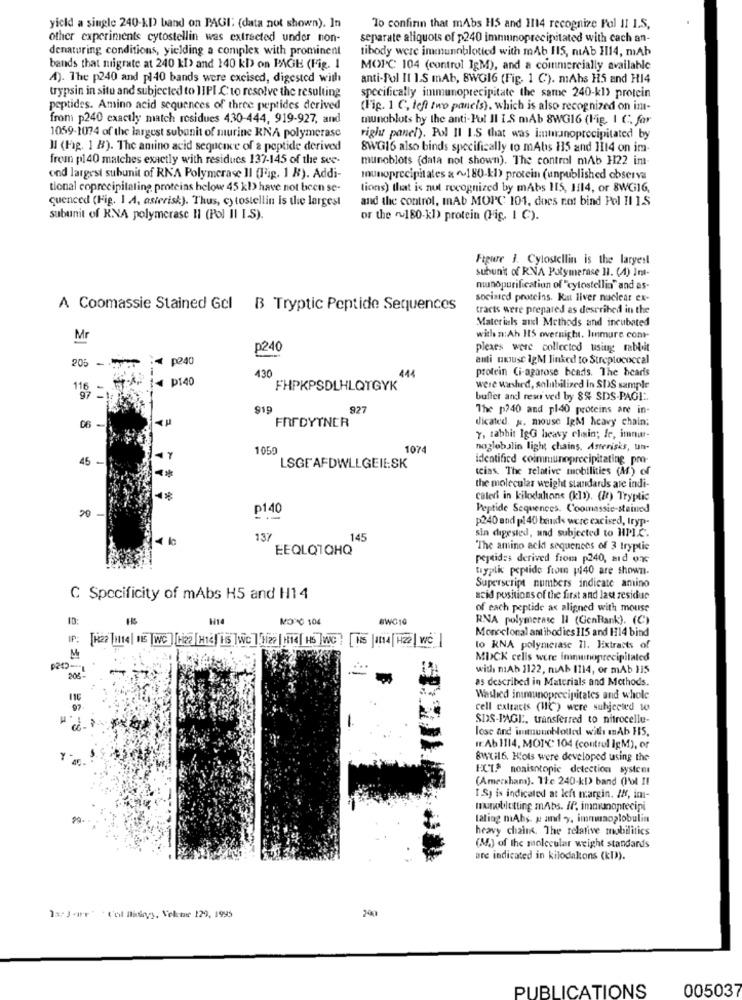
yield a single 240-KD band on PAGI: (data not shown). In
To confinn that mAbs HS and 1114 recognize Fol II I.S.
other experiments cytostellin was extracted under non-
separate aliquots of p240 immunoprecipitated with cach an-
denaturing conditions, yielding a complex with prominent
tibody were immunoblotied with mAb 115, miAb H14, mAb
bands that migrate at 240 k[> and 140 kb on PAGE (Fig. 1
MOPC 104 (control IgM), and a commercially available
A). The p240 and pl40 bands were exeised, digested with
anti-Pol Il 1.5 mAb, 8WG16 (Fig. 1 C). mAhs H5 and HI4
trypsin in situ and subjected to JIPI Cto resolve the resulting
specifically immunoprecipitate the same 240-kl> protein
peptides. Amino acid sequences of three peptides derived
(Fig. 1 C, left two panels), which is also recognized on int-
from p240 exactly match residues 4330-444, 919-927, and
munablots by the anti-Pot II I.S mAb 8WG16 (Fig. 1 C, far
1059-1074 of the largest subunit of murine RNA polymerase
right panel). Pol Il I.S that was immunoprecipitated by
II (Fig. 1 8). The amino acid sequence of a peptide derived
8WG16 also binds specifically to mAbs 135 and 1114 on im-
fremn p140 matches exactly with residues 137-145 of the see-
munoblots (data not shown). The control mAb H22 im-
ond largest subunit of RNA Polymerase Il (Fig. 1 H). Addi-
inunoprecipitales a ~180-k1) protein (unpublished observa
tional coprecipitating proteins helow 45 kb have not been se-
tions) that is not recognized by mAbs 115, 1114, or 8WG16,
quenced (Fig. 1 A, asterisk). Thus, cy tostellin is the largest
and the control, mAb MOPC 101, does not bind Pol II I.S
subunit of RNA polymerase II (Pol II I.S).
or the ~~ 180-kl) protein (Fig. I C).
Figure J. Cylostellin is the largerl
subunit of RNA Polymerase II. (4) Im-
nunopurification of "cylostellin" and as-
sociascd proteins. Kust liver nuclear ex-
A Coomassie Stained Gel B Tryptic Peptide Sequences
tracts were prepared as described in the
Materials and Methods and incubated
M
with n:Ah IS overnight. linmure cont-
p240
plexes were collected tising rabbit
205
: p240
anti mouse 12M linked to Streptococcal
430
protein Ci-agarose beads. The bears
4 P140
444
116
FHPKPSDLHLQTGYK
were Washed, solubilized in SIS sample
97
buffer and resi ved by 8% SDS-PAGE.
919
927
The p240 and pl40 proteins are in-
06 -
dicated. g. mouse IRM heavy chain;
FREDYTNER
y, rabbit IgG heavy chain; fe, imnur-
105
1074
noglobalin light chains, Asterisks, un-
45
identified coimmunoprecipitating pro-
LSGE AFDWLLGEIE:SK
teins. The relative mobilities (M) of
the molecular weight standards are indi-
Caledi in kikxlalone (ki3). (Ir) Tryplic
20
p140
Peptide Sequences. Coomassie-stained
p240 and pl 40 bands were excised, tryp-
137
145
sin digested, and subjected to HPI.C.
EEQLQTOHQ
"The amino acki sequences of 3 tryptie
peptides derived from p240, ard ons
tryplk peptide from pl40 are shown.
Superscript numbers indicate amino
C Specificity of mAbs H5 and H14
acid positions of the first and last residue
2010.CA
of each peptide as aligned with mouse
RNA polymerase Il (GenBank). (C)
Monoclonal antibodies 115 and 1314 bind
IP:
to RNA polymerase Il. Fixtracts of
MOCK cells were immunoprecipitated
with mAb 1122, miAb 1114, or mAb H15
200-
as described in Materials and Methods.
Washed inmunoprecipitates and whole
cell extracts (HIC) were subjected to
SDS-PAGE :, transferred to nitrocellu-
lese and immunoblolled with mAb HS.
IE: Ab 1114, MOT℃ 104 (control IgM), or
8WUHl6. Hots were developed using the
ECTS nonisotopic detection system
(Amersham). 11c 240-k[) band (l'ol Il
I S) is indicated at left margin. IN, im-
munoblotting mAbs. If, immunoprecipi
lating mAbs. p and y, immunoglobulin
heavy chain. The relative mobilitics
(M) of the molecular weight standards
are indicated in kilodaltons (kD).
240
1x Jcie" ('cil Ilinin,y, Veleme 129, 1995
PUBLICATIONS
005037